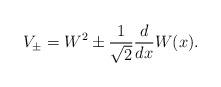
LaTeX: \begin{align*}V_{\pm}=W^2 \pm \frac{1}{\sqrt{2}} \frac{d}{dx} W(x).\end{align*}